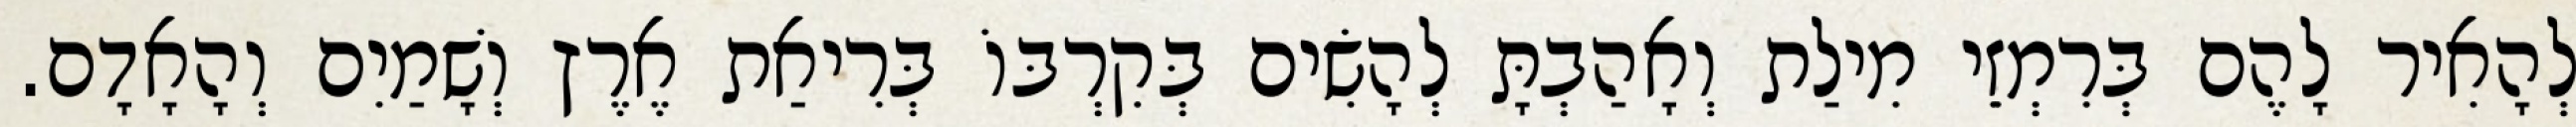
לְהָאִיר לָהֶם בְּרִמְזֵי מִילַת וְאָהַבְתָּ לְהָשִׂים בְּקִרְבּוֹ בְּרִיאַת אֶרֶץ וְשָׁמַיִם וְהָאָדָם.